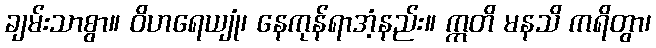
ချမ်းသာစွာ။ ဝိဟရေယျုံ၊ နေကုန်ရာအံ့နည်း။ ဣတိ မနသိ ကရိတွာ၊